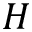
H